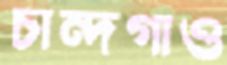
চান্দগাও